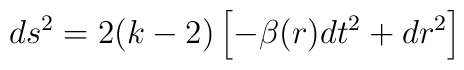
ds^{2} = 2(k -2)\left [ -\beta (r) dt^{2} + dr^{2} \right ]